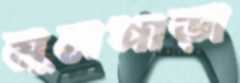
মূলপাড়া